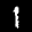
Label: 1